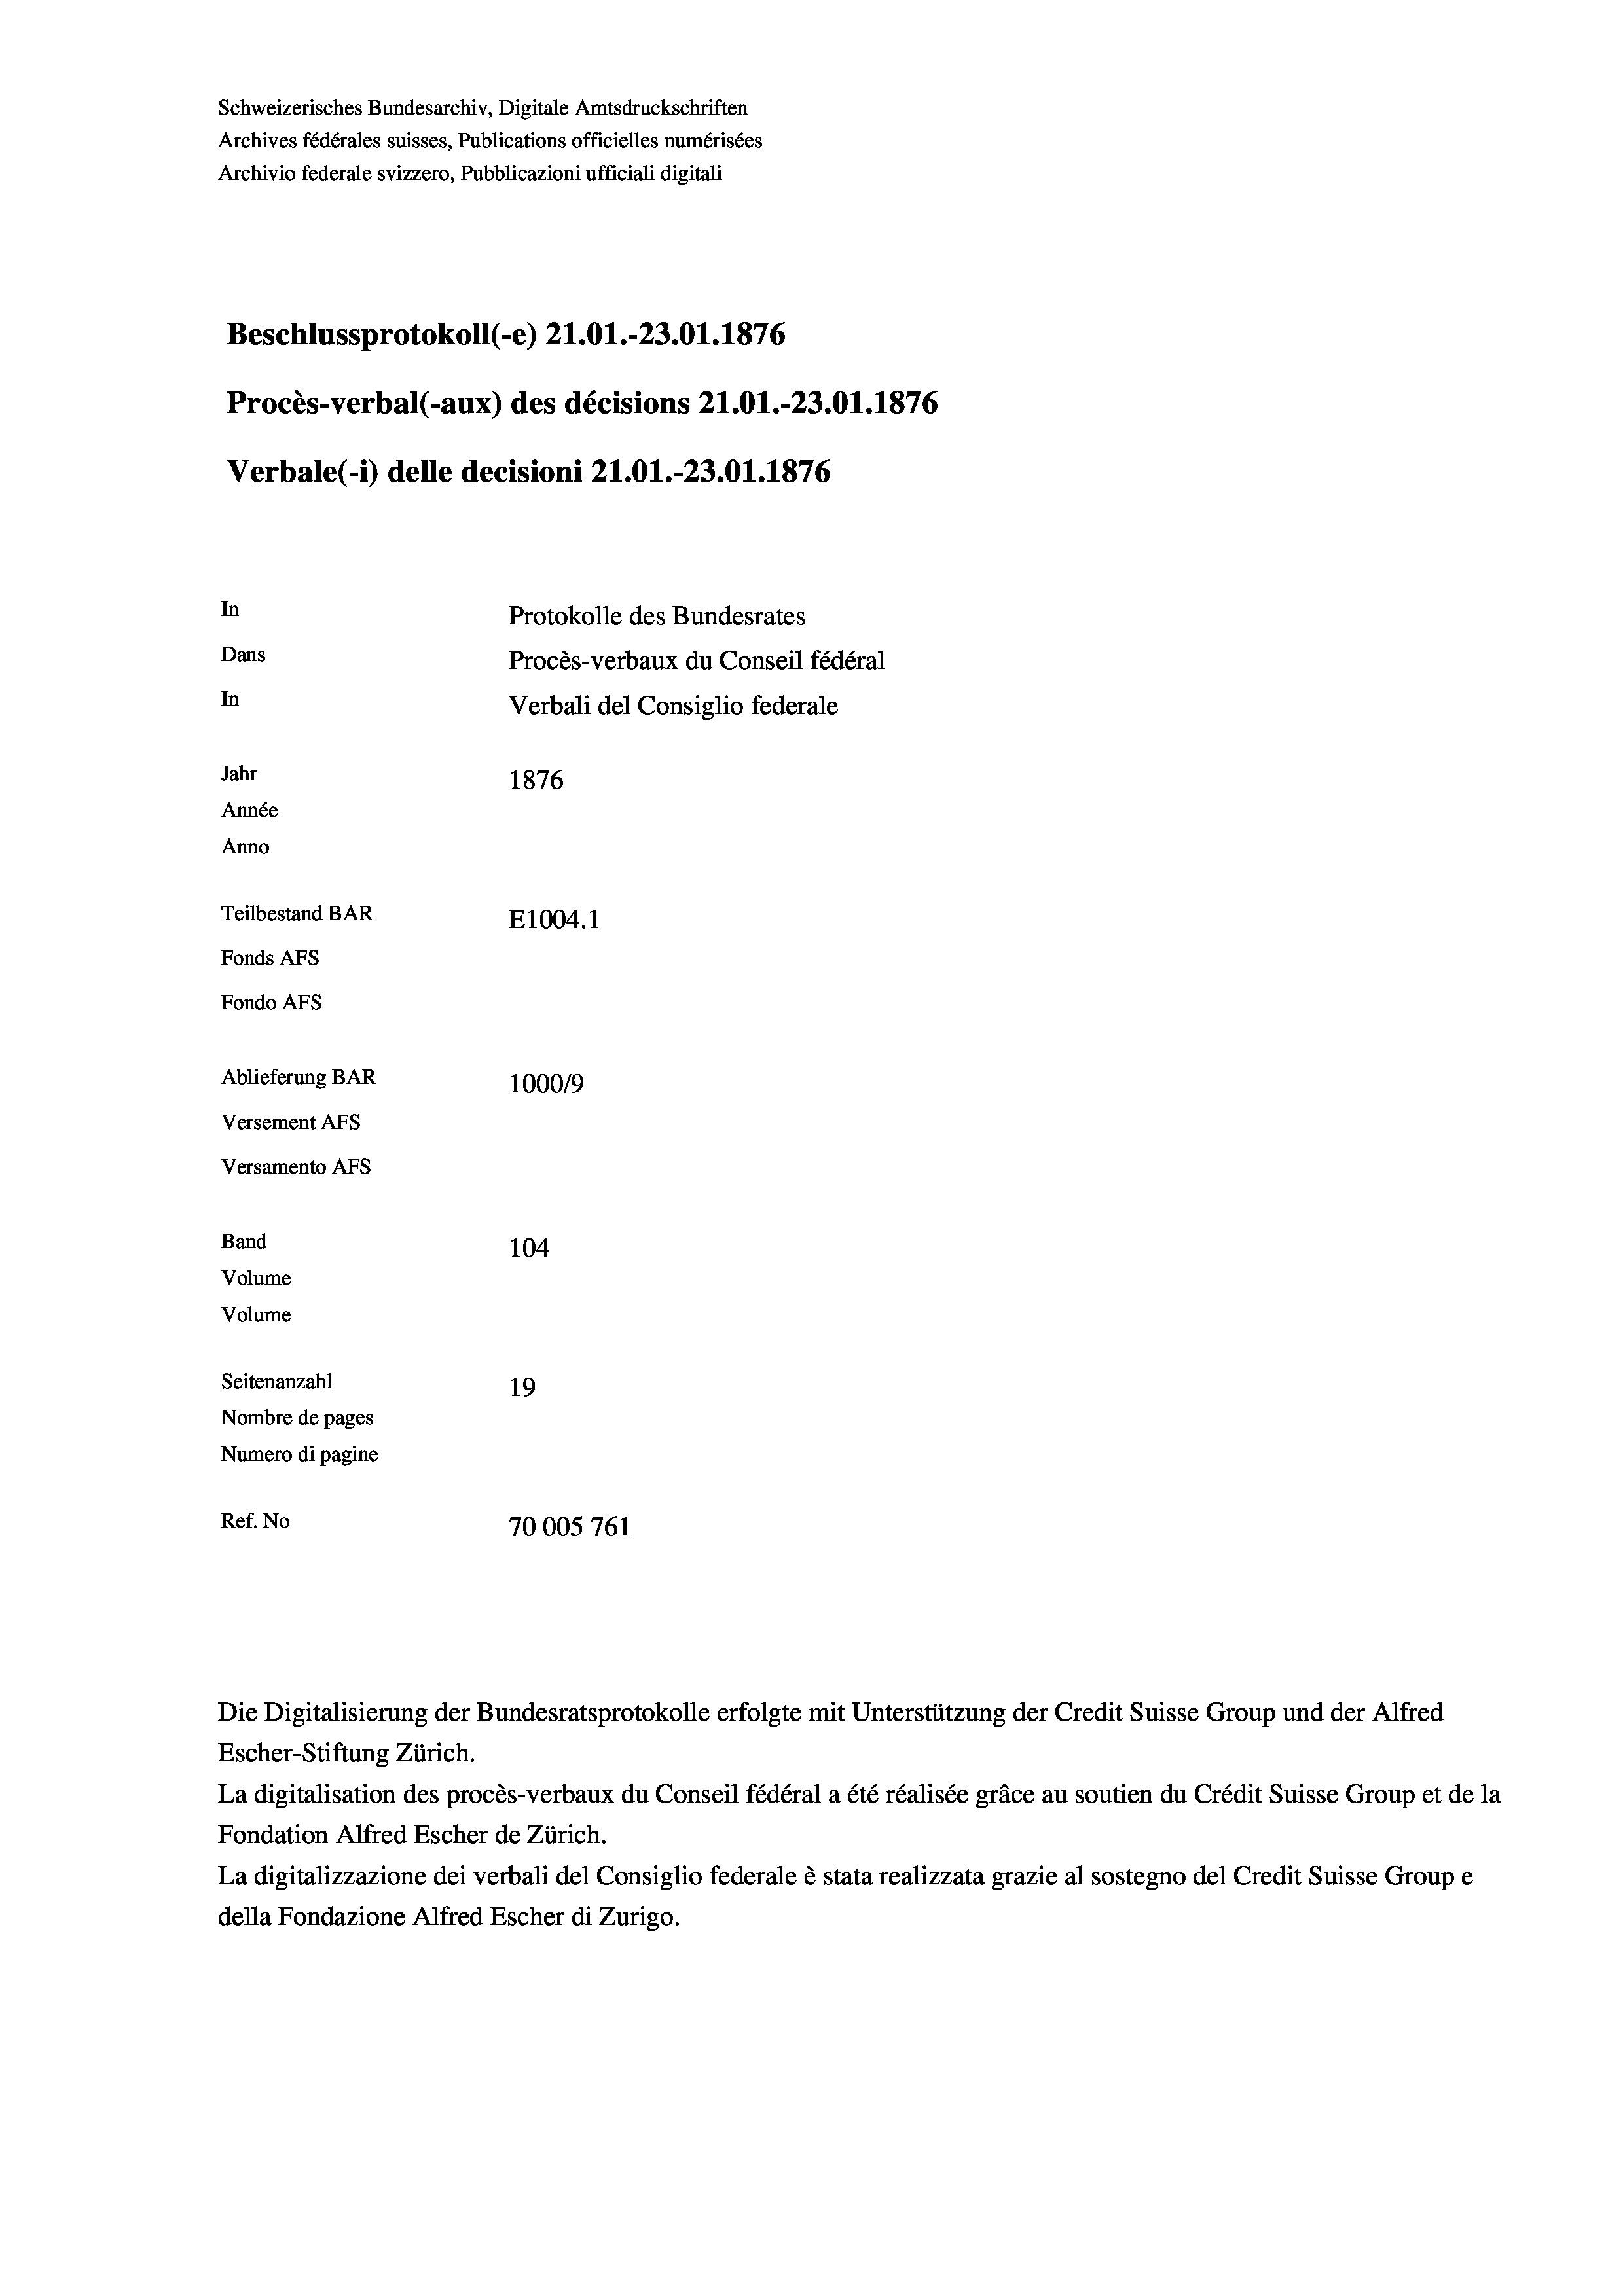
Schweizerisches Bundesarchiv, Digitale Amtsdruckschriften
Archives fédérales suisses, Publications officielles numérisées
Archivio federale svizzero, Pubblicazioni ufficiali digitali
Beschlussprotokoll (-e) 21.01.-23.01. 1876
Procès-verbal (-aux) des décisions Z1.01.-23.01. 1876
Verbale(-*) delle decisioni 21.O1.-23.01. 1876
In
Protokolle des Bundesrates
Dans
Procès-verbaux du Conseil fédéral
In
Verbali del Consiglio federale
Jahr
1876
Année
Anno
Teilbestand BAR
E1004.1
Fonds AFs
Fondo Afs
Ablieferung BAR
100019
Versement AFs
Versamento Afs
Band
104
Volume
Volume

Seitenanzahl
19
Nombre de pages
Numero di pagine
Ref. No
70005 761

Die Digitalisierung der Bundesratsprotokolle erfolgte mit Unterstützung der Credit Suisse Group und der Alfred
Escher-Stiftung Zürich.
La digitalisation des procès-verbaux du Conseil fédéral a été réalisée gräce au soutien du Crédit Suisse Group et de la
Fondation Alfred Escher de Zürich.
La digitalizzazione dei verbali del Consiglio federale è stata realizzata grazie al sostegno del Credit Suisse Groupe
della Fondazione Alfred Escher di Zurigo.